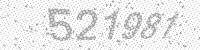
Solution: 521981